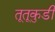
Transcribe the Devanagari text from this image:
तूतूकुडी